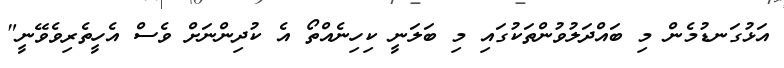
އަޅުގަނޑުމެން މި ބައްދަލުވުންތަކުގައި މި ބަލަނީ ކިހިނެއްތޯ އެ ކުދިންނަށް ވެސް އެހީތެރިވެވޭނީ"